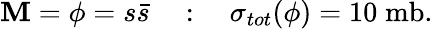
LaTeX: \mathbf{M}=\phi=s\bar{{s}}\quad:\quad\sigma_{tot}(\phi)=10\; \mathrm{{mb}}.